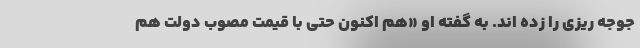
جوجه ریزی را زده اند. به گفته او «هم اکنون حتی با قیمت مصوب دولت هم